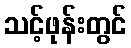
သင့်ဖုန်းတွင်